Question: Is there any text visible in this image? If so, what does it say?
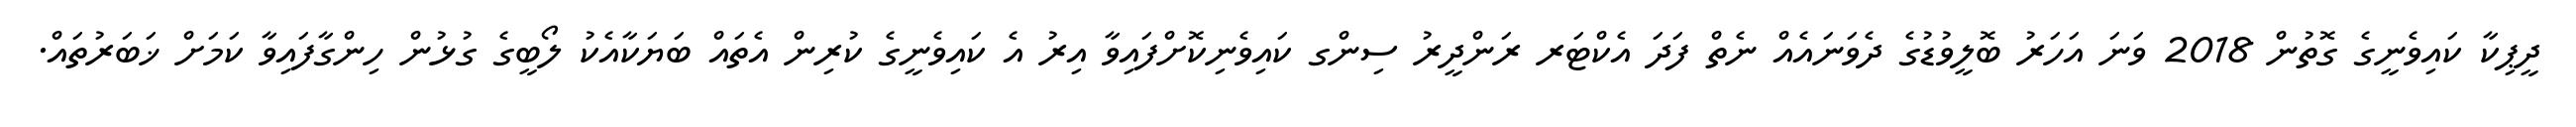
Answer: ދީޕިކާ ކައިވެނީގެ ގޮތުން 2018 ވަނަ އަހަރު ބޮލީވުޑުގެ ދެވަނައެއް ނެތް ފަދަ އެކްޓަރ ރަންދީރު ސިންގ ކައިވެނިކޮށްފައިވާ އިރު އެ ކައިވެނީގެ ކުރިން އެތައް ބަޔަކާއެކު ލޯބީގެ ގުޅުން ހިންގާފައިވާ ކަމަށް ޚަބަރުތައް.